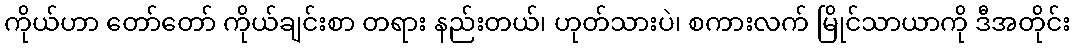
ကိုယ်ဟာ တော်တော် ကိုယ်ချင်းစာ တရား နည်းတယ်၊ ဟုတ်သားပဲ၊ စကားလက် မြိုင်သာယာကို ဒီအတိုင်း